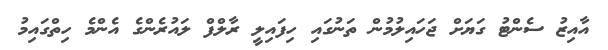
އާއިޒު ސެންޓު ގަޔަށް ޖަހައިލުމުން ތަނުގައި ހިފައިލީ ރާލްފް ލައުރެންގެ އެންމެ ހިތްގައިމު